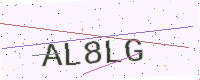
Text: AL8LG